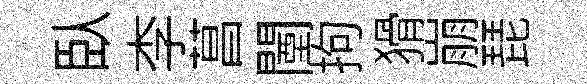
臥李菖闉拘猾崩琵